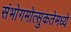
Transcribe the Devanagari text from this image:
संभोगमोत्सुकतेमध्ये